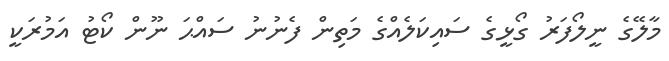
މާލޭގެ ނީލޯފަރު ގޯޅީގެ ސައިކަލެއްގެ މަތިން ފެނުނު ސައްޙަ ނޫން ކޯޓު އަމުރަކީ